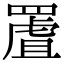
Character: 𦋾